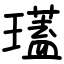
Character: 瓂